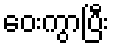
ဝေးကွာပြီး